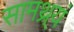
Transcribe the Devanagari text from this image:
सामथ्र्यं